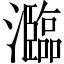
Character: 瀶